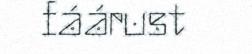
fáárust